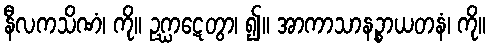
နီလကသိဏံ၊ ကို။ ဥဂ္ဃာဋေတွာ၊ ၍။ အာကာသာနဉ္စာယတနံ၊ ကို။